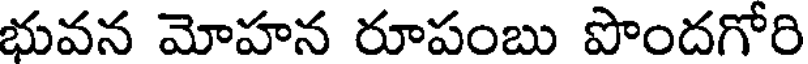
భువన మోహన రూపంబు పొందగోరి